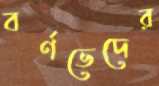
বর্ণভেদের